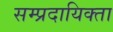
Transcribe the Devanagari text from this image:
सम्प्रदायिक्ता